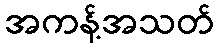
အကန့်အသတ်